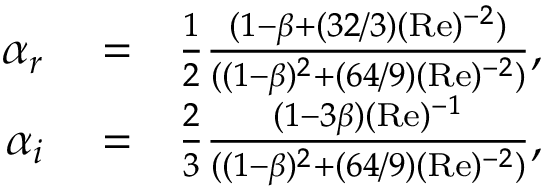
\begin{array} { r l r } { \alpha _ { r } } & { { } = } & { \frac { 1 } { 2 } \frac { ( 1 - \beta + ( 3 2 / 3 ) ( \mathrm { R e } ) ^ { - 2 } ) } { ( ( 1 - \beta ) ^ { 2 } + ( 6 4 / 9 ) ( \mathrm { R e } ) ^ { - 2 } ) } , } \\ { \alpha _ { i } } & { { } = } & { \frac { 2 } { 3 } \frac { ( 1 - 3 \beta ) ( \mathrm { R e } ) ^ { - 1 } } { ( ( 1 - \beta ) ^ { 2 } + ( 6 4 / 9 ) ( \mathrm { R e } ) ^ { - 2 } ) } , } \end{array}